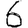
Digit: 6